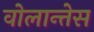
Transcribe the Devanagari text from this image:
वोलान्तेस